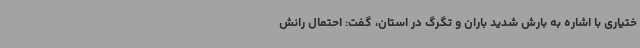
ختیاری با اشاره به بارش شدید باران و تگرگ در استان، گفت: احتمال رانش